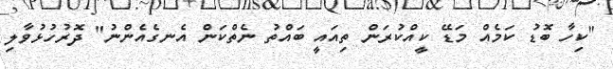
"ކިހާ ބޮޑު ކަމެއް މަޑޭ ކީއްކުރަން ތިއައީ ބައްތު ނެތްކަން އެނގެއެންނު" ދޮރުހުޅުވާލި